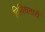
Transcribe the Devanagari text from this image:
विविधतायें